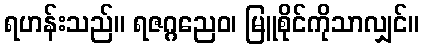
ရဟန်းသည်။ ရဇဂ္ဂညေဝ၊ မြူစိုင်ကိုသာလျှင်။